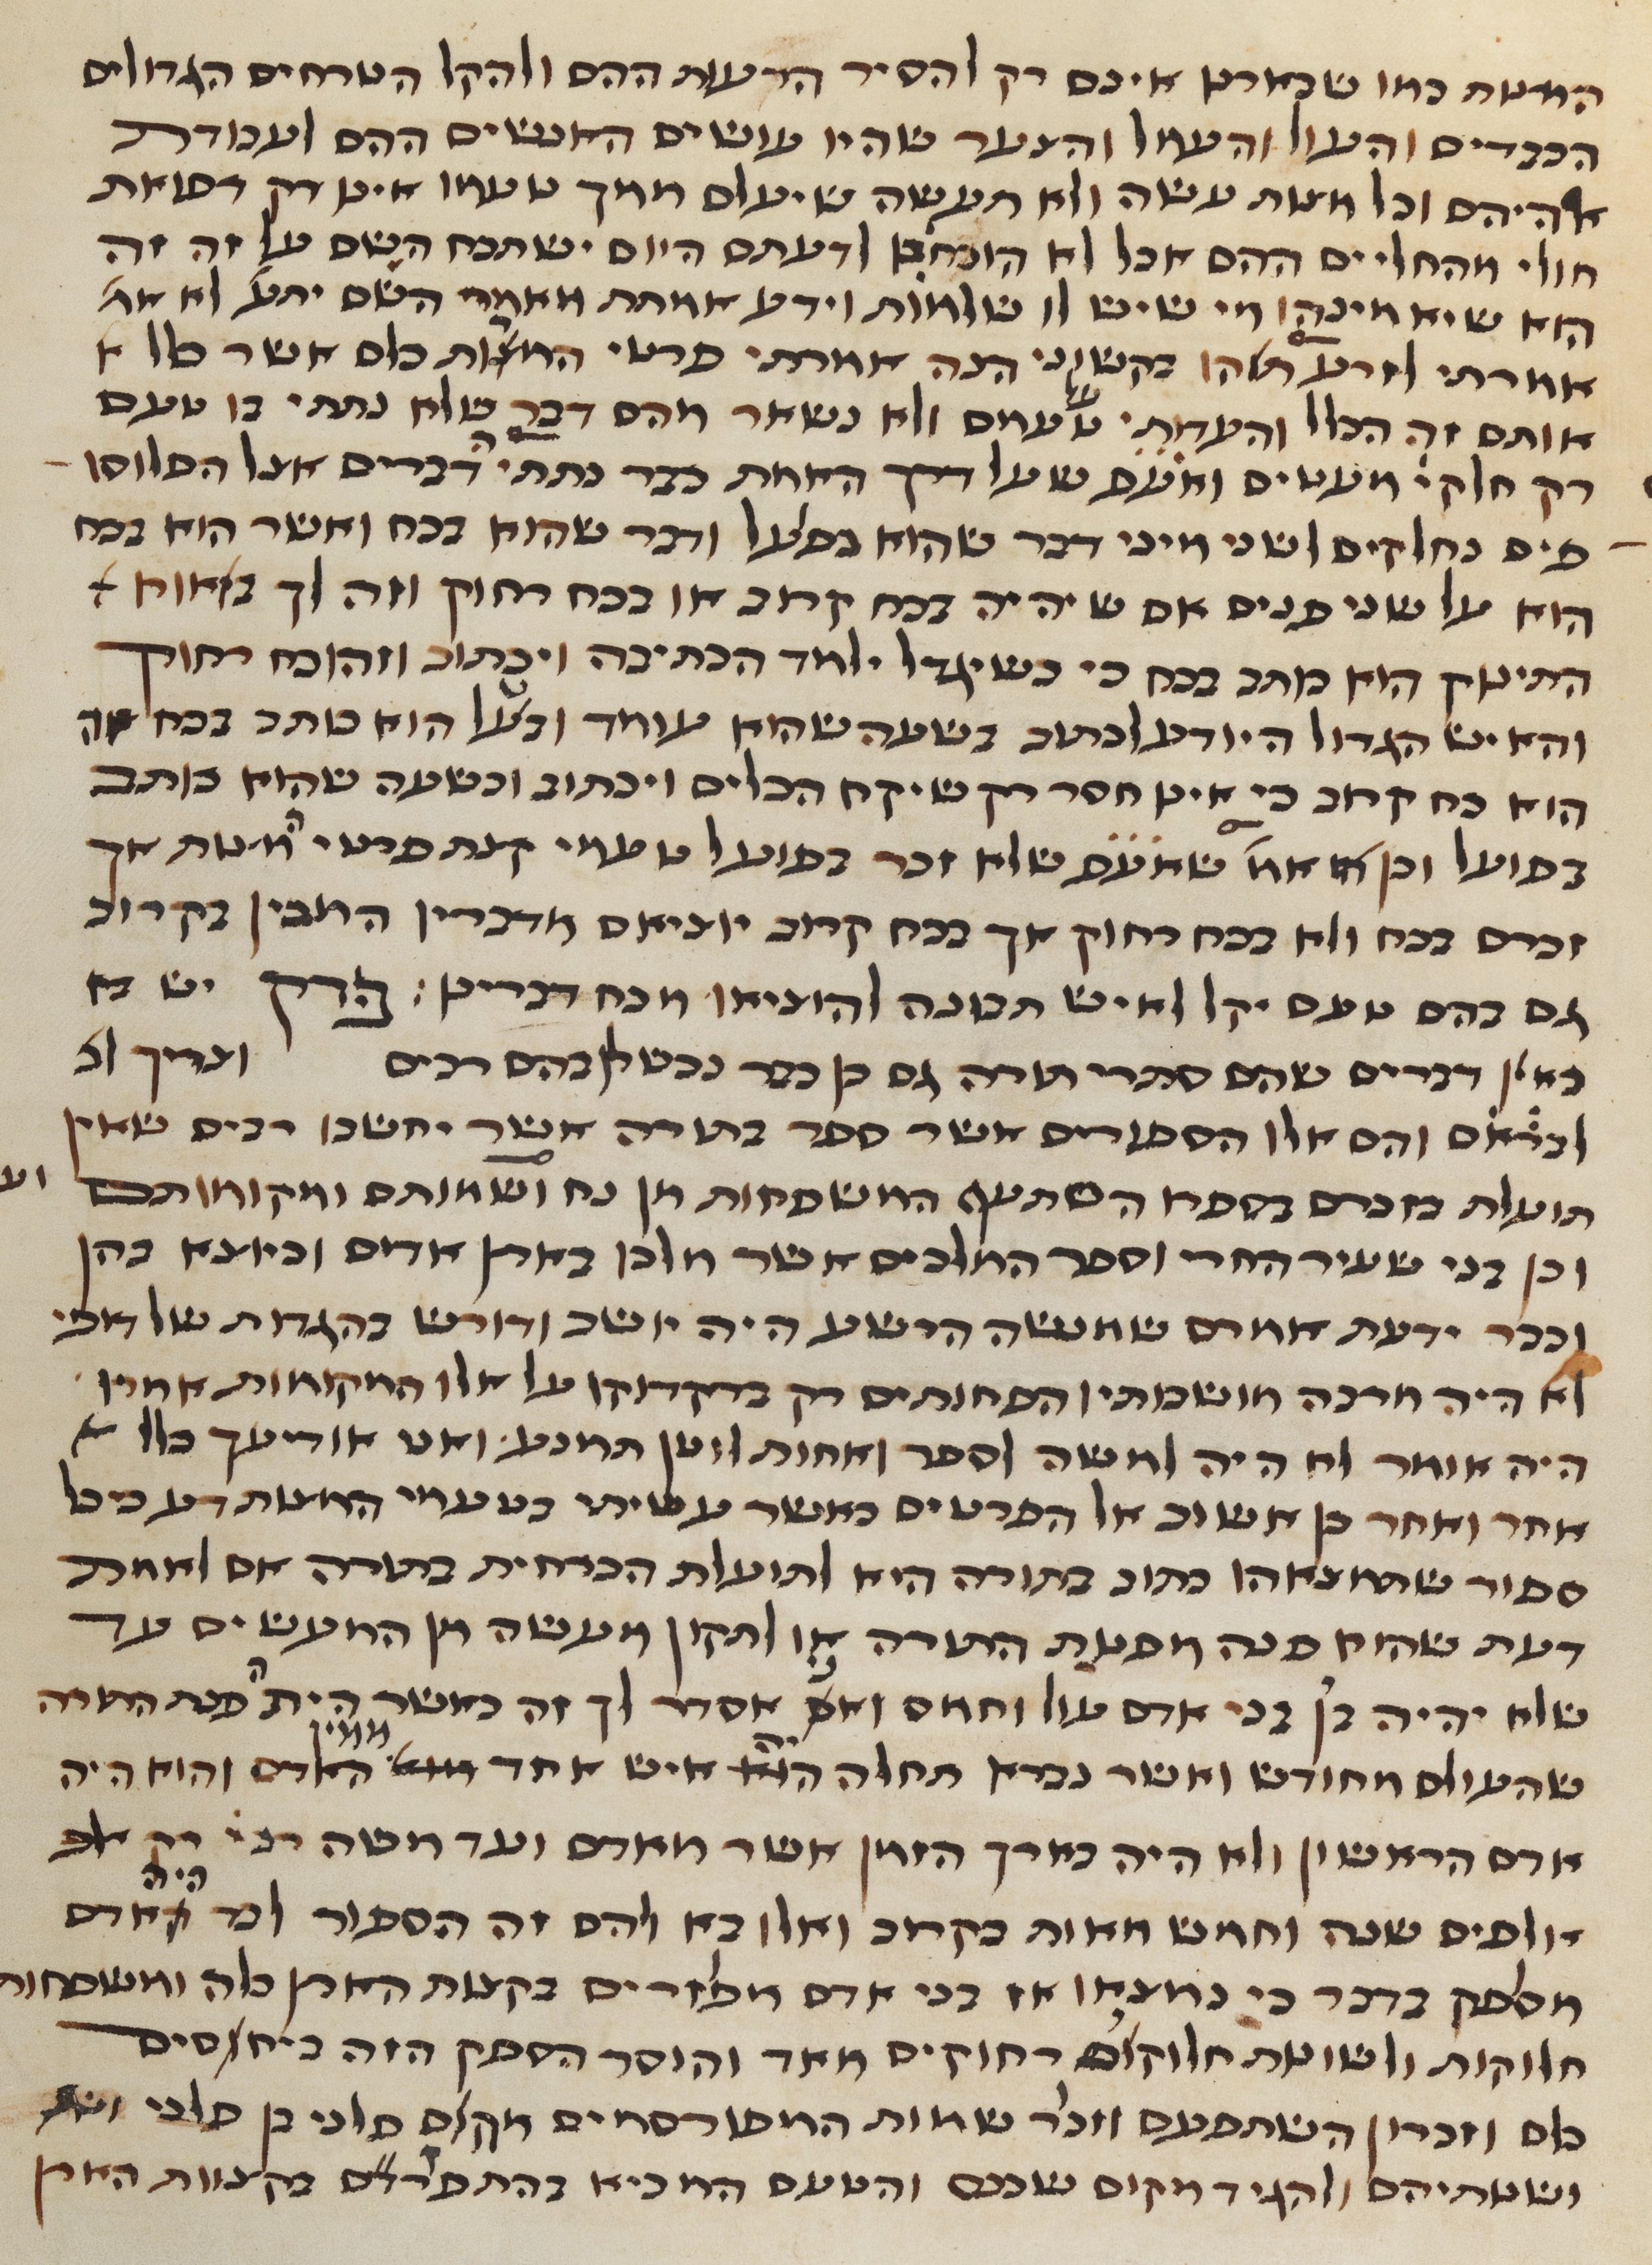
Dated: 1450–1499